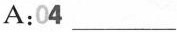
A:04 ___